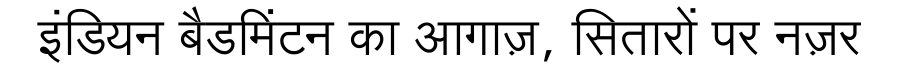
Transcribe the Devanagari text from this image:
इंडियन बैडमिंटन का आगाज़, सितारों पर नज़र